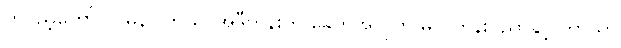
တပည့်တော်။ ။ မှန်ပါတယ်၊ အဲဒီတုန်းက ခေတ်အလိုက် မူလတန်းပညာနှင့် ဘာသာ